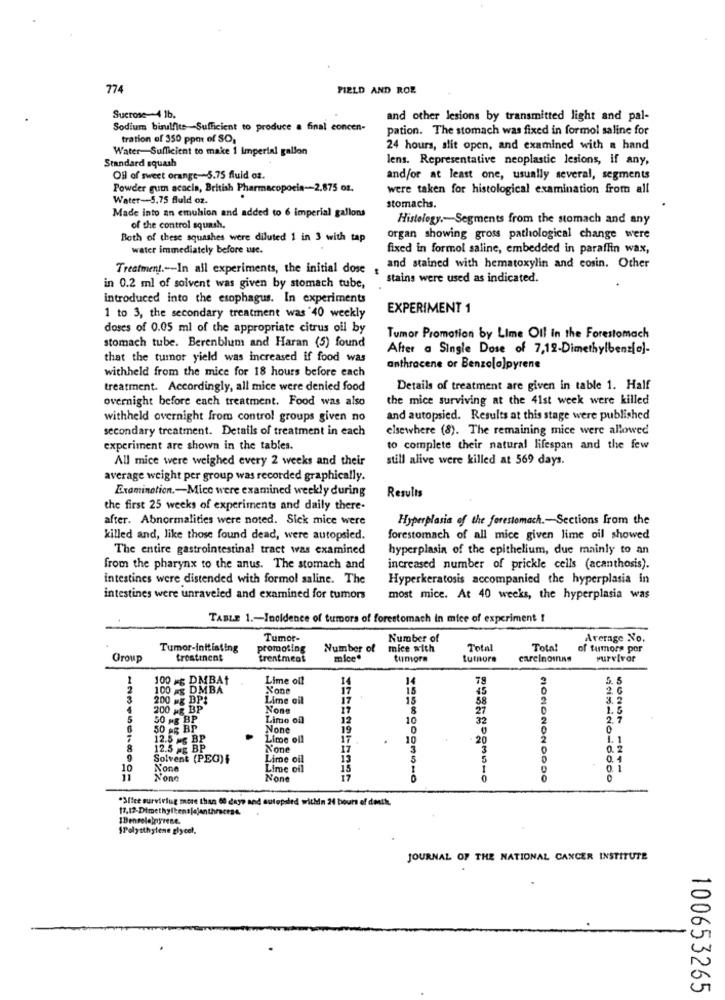
774
FIELD AND ROB
Sucrose-4 1b.
and other lesions by transmitted light and pal-
Sodium bisulfite Sufficient to produce a final concen-
pation. The stomach was fixed in formol saline for
tration of 350 ppm of SO,
Water-Sufficient to make 1 Imperial gallon
24 hours, slit open, and examined with a hand
lens. Representative neoplastic lesions, if any,
Standard squash
Oil of sweet orange -~ 5.75 fluid ot.
and/or at least one, usually several, segments
Powder guin acacia, British Pharmacopoeia-2.875 oz.
were taken for histological examination from all
Water-5.75 fluid oz.
stomachs.
Made into an emulsion and added to 6 imperial gallons
Histology .- Segments from the stomach and any
of the control squash.
Both of these squashes were diluted 1 in 3 with tap
organ showing gross pathological change were
water immediately before use.
fixed in formol saline, embedded in paraffin wax,
Treatment .-- In all experiments, the initial dose
and stained with hematoxylin and cosin. Other
stains were used as indicated.
in 0.2 ml of solvent was given by stomach tube,
introduced into the esophagus. In experiments
EXPERIMENT 1
1 to 3, the secondary treatment was'40 weekly
doses of 0.05 ml of the appropriate citrus oil by
Tumor Promotion by Lime Oil in the Forestomach
stomach tube. Berenblum and Haran (5) found
After a Single Dose of 7,12-Dimethylbenz(o).
that the tumor yield was increased if food was
withheld from the mice for 18 hours before each
anthracene or Benzola]pyrene
treatment. Accordingly, all mice were denied food
Details of treatment are given in table 1. Half
overnight before each treatment. Food was also
the mice surviving at the 41st week were killed
withheld overnight from control groups given no
and autopsied. Results at this stage were published
secondary treatment. Details of treatment in each
elsewhere (8). The remaining mice were allowed
experiment are shown in the tables.
to complete their natural lifespan and the few
All mice were weighed every 2 weeks and their
still alive were killed at 569 days.
average weight per group was recorded graphically.
Examination .- Mice were examined weekly during
Results
the first 25 weeks of experiments and daily there.
after. Abnormalities were noted. Sick mice were
Hyperplasia of the forestomach .- Sections from the
killed and, like those found dead, were autopsied.
forestomach of all mice given lime oil showed
The entire gastrointestinal tract was examined
hyperplasia of the epithelium, due mainly to an
from the pharynx to the anus. The stomach and
increased number of prickle cells (acanthosis).
intestines were distended with formol saline. The
Hyperkeratosis accompanied the hyperplasia in
intestines were unraveled and examined for tumors
most mice. At 40 weeks, the hyperplasia was
TABLE 1 .- Incidence of tumors of forestomach in mice of experiment !
Tumor-
Number of
Average No.
Tumor-initiating
promoting
Number of
mice with
Total
Total
of tumors por
Group
treatinent
treatment
mice*
tumors
tumors
carcinomas
survivor
100 = DMBAt
Lime off
14
14
78
2
100
DMBA
15
$5
3
200 #g BPI
Lime oil
15
58
3. 2
4
200 Mg BP
27
1.5
5
50 Mg BP
Limo of
12
10
32
2.7
50 ag BP
19
0
0
12.5 Mg BP
Lime off
17
10
20
8
12.5 # BP
Solvent (PEC)F
Lime oil
13
5
0. 4
10
Lime oil
deinicio-6000
*Affee surviving more than 60 days and autopsled within 24 hours of death.
1Benrelojnyrene.
SPolytthylene glycol.
JOURNAL OF THE NATIONAL CANCER INSTITUTE
100653265